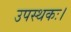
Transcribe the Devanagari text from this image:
उपस्थकः।